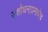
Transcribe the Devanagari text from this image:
संशोधनाप्रमाणेच